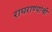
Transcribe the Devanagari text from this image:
राघराण्यांची